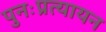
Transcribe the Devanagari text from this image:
पुनःप्रत्यायन